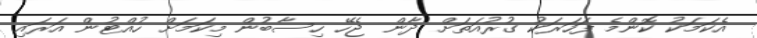
އެކަމަކު ކޮންމެ ފަހަރަކު ގުރުއަތަށް ދާން ޖެހޭ ހިސާބުން މިކަމަށް ހުއްޓުން އަރައި